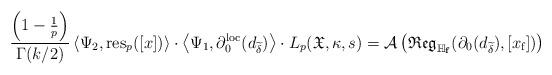
LaTeX: \begin{align*}\frac{\left(1-\frac{1}{p}\right)}{\Gamma(k/2)}\left\langle\Psi_2,\textup{res}_p([x])\right\rangle\cdot\left\langle\Psi_1,\partial^{\textup{loc}}_0(d_{\widetilde{\delta}}) \right\rangle\cdot L_p(\frak{X},\kappa,s)=\mathcal{A}\left(\frak{Reg}_{\mathbb{H}_{\mathbf{f}}}(\partial_0(d_{\widetilde\delta}),[x_{\textup{f}}])\right)\end{align*}